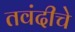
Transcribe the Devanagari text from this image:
तवंदीचे